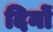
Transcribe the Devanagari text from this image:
दिनों